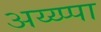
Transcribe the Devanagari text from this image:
अय्य्प्पा